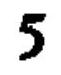
$5$